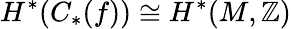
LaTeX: H^{*}(C_{*}(f))\cong H^{*}(M,\mathbb{Z})